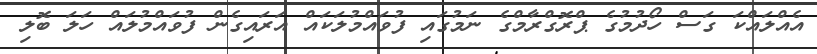
އެއްލައްކަ ގަސް ހޯދުމުގެ ޕްރޮގްރާމްގެ ނަމުގައި ފުވައްމުލަކައް އަރައިގެން ފުވައްމުލައް ހަލަ ބޮލި